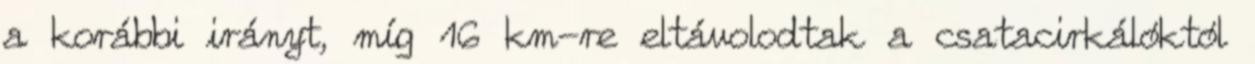
a korábbi irányt, míg 16 km-re eltávolodtak a csatacirkálóktól